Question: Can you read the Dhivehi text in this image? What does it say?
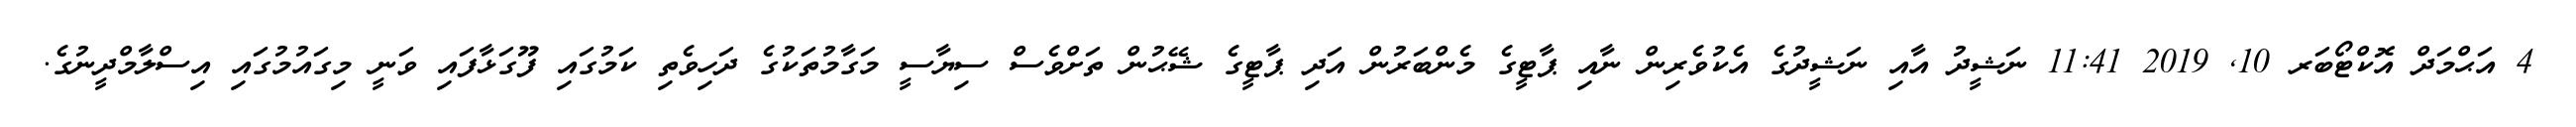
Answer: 4 އަޙްމަދް އޮކްޓޯބަރ 10, 2019 11:41 ނަޝީދު އާއި ނަޝީދުގެ އެކުވެރިން ނާއި ޕާޓީގެ މެންބަރުން އަދި ޕާޓީގެ ޝޭޙުން ތަށްވެސް ސިޔާސީ މަގާމުތަކުގެ ދަހިވެތި ކަމުގައި ފޫގަޅާފައި ވަނީ މިގައުމުގައި އިސްލާމްދީނުގެ.